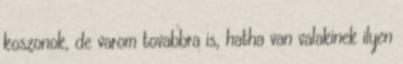
koszonok, de varom tovabbra is, hatha van valakinek ilyen